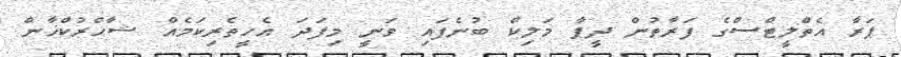
ޕަރާ އެތްލީޓްސްގެ ފަރާތުން ދީޕާ މަލިކް ބުނެފައި ވަނީ މިފަދަ އެހީތެރިކަމެއް ޝާހްރުކްޚާން